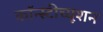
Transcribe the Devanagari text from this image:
कॉन्स्टीच्यूशन